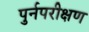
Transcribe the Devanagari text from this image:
पुर्नपरीक्षण